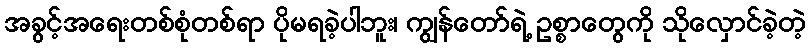
အခွင့်အရေးတစ်စုံတစ်ရာ ပိုမရခဲ့ပါဘူး၊ ကျွန်တော်ရဲ့ ဥစ္စာတွေကို သိုလှောင်ခဲ့တဲ့